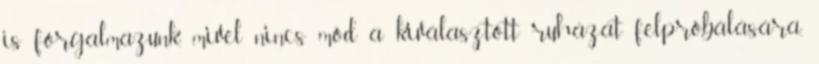
is forgalmazunk, mivel nincs mód a kiválasztott ruházat felpróbálására,